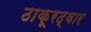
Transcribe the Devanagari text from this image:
ठाकूरद्वार